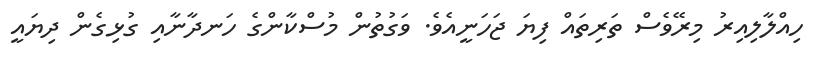
ހިއްލާލިއިރު މިރޭވެސް ތަރިތައް ފިޔަ ޖަހަނީއެވެ. ވަގުތުން މުސްކާންގެ ހަނދާނާއި ގުޅިގެން ދިޔައީ